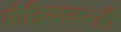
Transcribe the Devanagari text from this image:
मीडियावरही